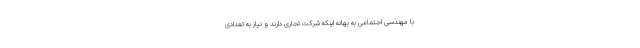
با مهندسی اجتماعی به بهانه اینکه شرکت تجاری دارند و نیاز به تعدادی